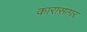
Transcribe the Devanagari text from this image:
कारासागर